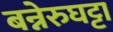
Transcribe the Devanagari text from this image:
बन्नेरुघट्टा